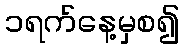
၁ရက်နေ့မှစ၍